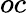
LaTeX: oc